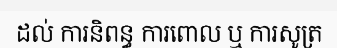
ដល់ ការនិពន្ធ ការពោល ឬ ការសូត្រ